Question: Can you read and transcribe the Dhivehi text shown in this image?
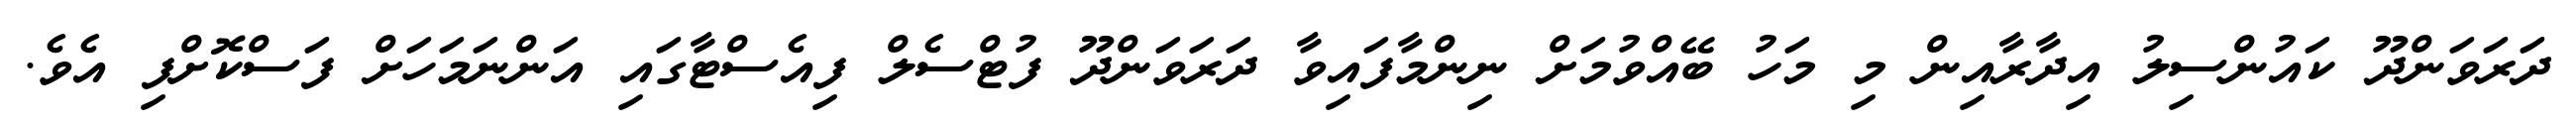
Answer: ދަރަވަންދޫ ކައުންސިލު އިދާރާއިން މި މަހު ބޭއްވުމަށް ނިންމާފައިވާ ދަރަވަންދޫ ފުޓްސެލް ފިއެސްޓާގައި އަންނަމަހަށް ފަސްކޮށްފި އެވެ.